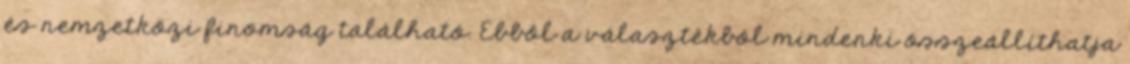
és nemzetközi finomság található. Ebből a választékból mindenki összeállíthatja